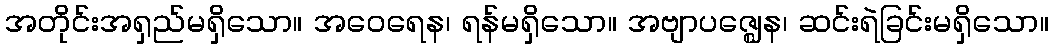
အတိုင်းအရှည်မရှိသော။ အဝေရေန၊ ရန်မရှိသော။ အဗျာပဇ္ဈေန၊ ဆင်းရဲခြင်းမရှိသော။